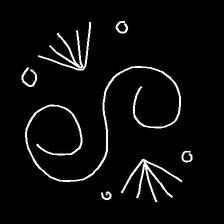
Glyph: aeroform